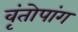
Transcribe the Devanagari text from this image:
वृंतोपांग